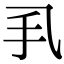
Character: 𢩦